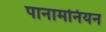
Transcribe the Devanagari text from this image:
पानामनियन